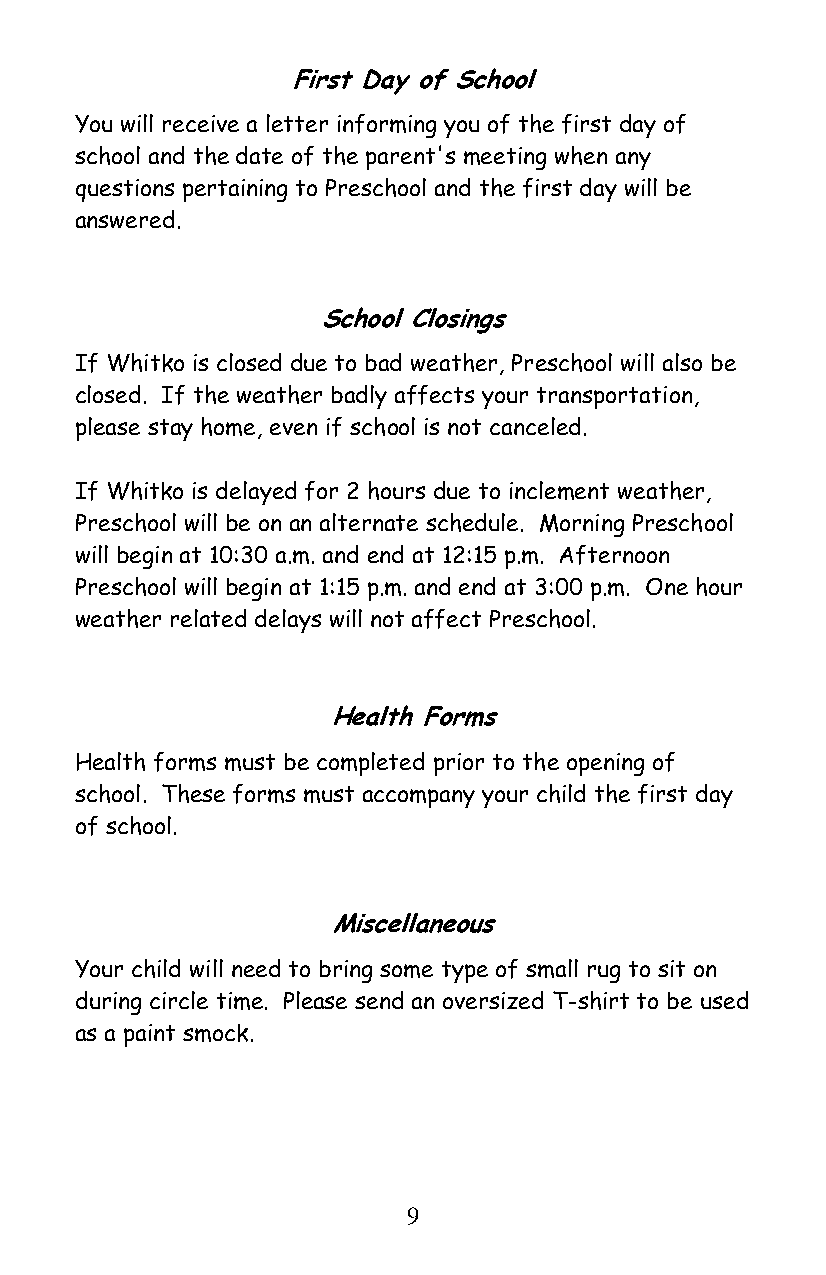
First Day of School
 You will receive a letter informing you of the first day of
 school and the date of the parent's meeting when any
 questions pertaining to Preschool and the first day will be
 answered.
 School Closings
 If Whitko is closed due to bad weather, Preschool will also be
 closed. If the weather badly affects your transportation,
 please stay home, even if school is not canceled.
 If Whitko is delayed for 2 hours due to inclement weather,
 Preschool will be on an alternate schedule. Morning Preschool
 will begin at 10:30 a.m. and end at 12:15 p.m. Afternoon
 Preschool will begin at 1:15 p.m. and end at 3:00 p.m. One hour
 weather related delays will not affect Preschool.
 Health Forms
 Health forms must be completed prior to the opening of
 school. These forms must accompany your child the first day
 of school.
 Miscellaneous
 Your child will need to bring some type of small rug to sit on
 during circle time. Please send an oversized T-shirt to be used
 as a paint smock.
 9